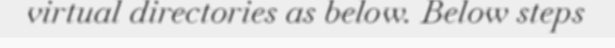
virtual directories as below. Below steps